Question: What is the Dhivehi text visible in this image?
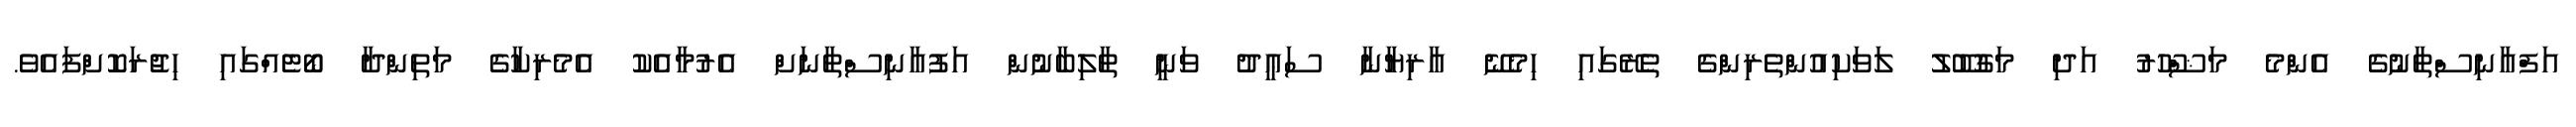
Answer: އަފްޣާނިސްތާނުގެ އެންމެ މަޝްހޫރު އަދި މަގުބޫލު ލަވަކިއުންތެރިންގެ ތެރޭގައި ހިމެނޭ އާރިޔާނާ ސަޢީދު ވަނީ ޠާލިބާނުން އަފުޣާނިސްތާނަށް އެރުމާއެކު އެމެރިކާގެ މަތިންދާ ބޯޓެއްގައި ހިޖުރަކޮށްފައެވެ.